system: You are a helpful assistant.
user:
Analyze the provided spectrum to determine if it is a **M-type Giant (gM)**.

A M-type Giant spectrum is defined by its **strong molecular absorption** features, particularly from **Titanium Oxide (TiO)**. You must check for one of the following mutually exclusive signatures:

- **Key Visual Indicators (Absorption-Dominated Spectrum):**

    - **(Primary):** The spectrum is dominated by strong molecular absorption from **Titanium Oxide (TiO)**. This is the **defining feature** of its M-type temperature class.
        - **(Key Bandheads):** Look for sharp, "saw-tooth" absorption valleys. The strongest are located near **~7050 Å**, **~6160 Å**, and **~5170 Å**.
        - **(Line Profile):** The "saw-tooth" morphology is critical: a **sharp, steep drop on the BLUE (short-wavelength) side** of the bandhead, followed by a gradual recovery (rising flux) towards the RED (long-wavelength) side.

    - **(Key Confirmation - Giant vs. Dwarf):** **ABSENCE** of strong **Calcium Hydride (CaH)** molecular bands. This is the primary diagnostic for *excluding* M-dwarfs.
        - **(Key Region):** The spectrum should lack the strong, broad absorption band seen in dwarfs between **~6800 Å and ~7000 Å**.

    - **(Secondary Confirmation - Giant):** A very strong and broad **Neutral Calcium (Ca I)** atomic absorption line.
        - **(Key Line):** Located at **~4226 Å**. In a giant (gM), this line is significantly deeper and broader than the same line in an M-dwarf (dM) due to low surface gravity.

    - **(Overall Spectrum):**
        - The continuum is **extremely red-sloping** (i.e., flux is very low in the blue and rises dramatically towards the red).
        - The entire spectrum appears "chopped up" by the deep TiO bands.

Think first, call **spectral_visualization_tool** if needed to examine features in detail, then provide your final answer. Your response must adhere to the following strict rules:
1.  **Overall Structure:** Your response must follow the format `<think>...</think> <tool_call>...</tool_call> (if a tool is used) <answer>...</answer>`.
2.  **Tool Usage Constraint:** You may only make **one** tool call per turn.
3.  **Final Answer Format:** In the `<answer>` tag, your conclusion must be inside a `\boxed{}` command (e.g., `\boxed{YES}` or `\boxed{NO}`), followed by your justification.

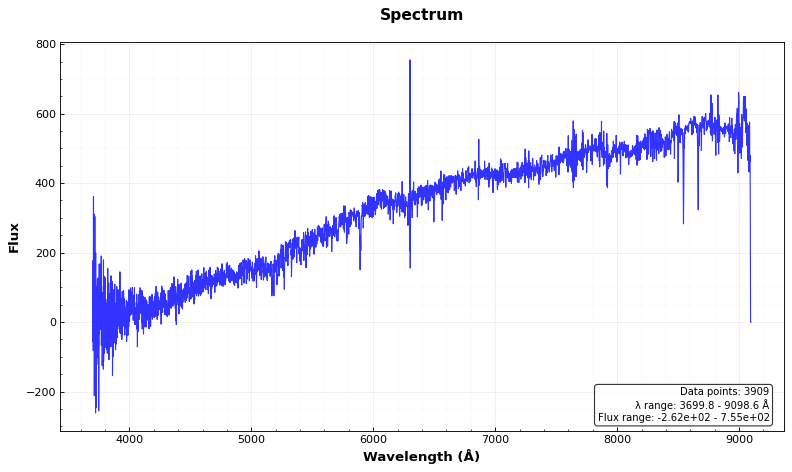
Answer: NO